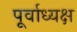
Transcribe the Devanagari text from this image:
पूर्वाध्यक्ष